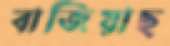
বাজিয়াছ